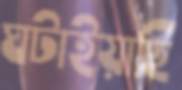
ঘটাইয়াছি